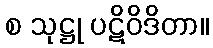
စ သုဋ္ဌု ပဋိဝိဒိတာ။